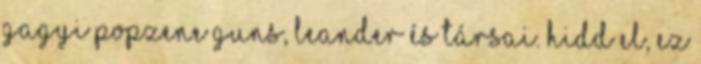
gagyi popzene Guns, Leander és társai. Hidd el, ez